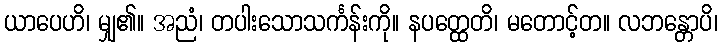
ယာပေဟိ၊ မျှ၏။ အညံ၊ တပါးသောသင်္ကန်းကို။ နပတ္ထေတိ၊ မတောင့်တ။ လဘန္တောပိ၊